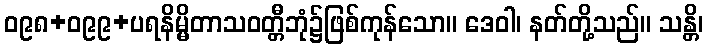
ဝ၉၈+ဝ၉၉+ပရနိမ္မိတာသဝတ္တီဘုံ၌ဖြစ်ကုန်သော။ ဒေဝါ၊ နတ်တို့သည်။ သန္တိ၊